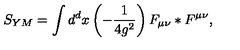
S _ { Y M } = \int d ^ { d } x \left( - \frac { 1 } { 4 g ^ { 2 } } \right) F _ { \mu \nu } * F ^ { \mu \nu } ,